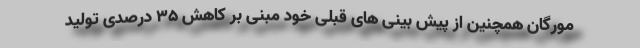
مورگان همچنین از پیش بینی های قبلی خود مبنی بر کاهش 35 درصدی تولید